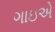
ગાઇએ